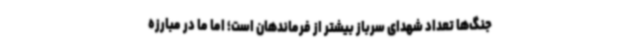
جنگ‌ها تعداد شهدای سرباز بیشتر از فرماندهان است؛ اما ما در مبارزه